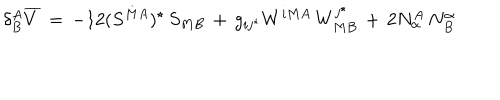
\delta _ { B } ^ { A } { \overline { { V } } } \, = \, - 1 2 ( S ^ { M A } ) ^ { \star } \, S _ { M B } \, + \, g _ { i j ^ { \star } } W ^ { i M A } \, W _ { M B } ^ { j ^ { \star } } \, + \, 2 N _ { \alpha } ^ { A } \, N _ { B } ^ { \alpha }